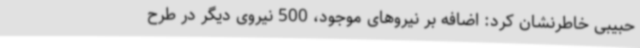
حبیبی خاطرنشان کرد: اضافه بر نیروهای موجود، 500 نیروی دیگر در طرح